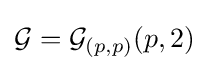
{\mathcal {G}}={\mathcal {G}}_{(p,p)}(p,2)